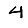
Digit: 4